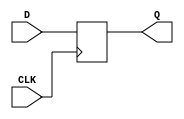
// Clock_24_Hour_structural.v

// D flip-flop module (D_FF)
module D_FF(
    input CLK,
    input D,
    output reg Q
);
    always @(posedge CLK) begin
        Q <= D;
    end
endmodule

// Four_Bit_Mod_n_Counter module
module Four_Bit_Mod_n_Counter(
    input CLK,
    input Reset,
    input LD,
    input EN,
    input [3:0] D,
    output reg [3:0] Q,
    output reg Cout
);
    parameter n = 10; // Default value, can be overridden at instantiation
    
    always @(posedge CLK or posedge Reset) begin
        if (Reset) begin
            Q <= 0;
            Cout <= 0;
        end else if (LD) begin
            Q <= D;
            Cout <= 0;
        end else if (EN) begin
            if (Q == (n - 1)) begin
                Q <= 0;
                Cout <= 1;
            end else begin
                Q <= Q + 1;
                Cout <= 0;
            end
        end else begin
            Cout <= 0;
        end
    end
endmodule

// Top-level structural module for the 24-hour clock
module Clock_24_Hour_structural(
    input CLK,
    input Reset_time,
    input Set_time,
    input [23:0] Time_in,
    output [23:0] Time_out
);

    // Wire declarations
    wire [5:0] cout; // Carry out signals for each counter
    wire G1, G2, G3; // Intermediate signals for gates

    // Add the sync_signal wire here
    wire sync_signal; // This wire will connect to the Q output of the D_FF

    // ... (rest of your module instantiations and logic)
    
    // Seconds counter: 0 to 59
    Four_Bit_Mod_n_Counter #(10) seconds_low (
        .CLK(CLK),
        .Reset(Reset_time),
        .LD(Set_time),
        .EN(~Reset_time & (Set_time | cout[0])),
        .D(Time_in[3:0]),
        .Q(Time_out[3:0]),
        .Cout(cout[0])
    );
    
    Four_Bit_Mod_n_Counter #(6) seconds_high (
        .CLK(CLK),
        .Reset(Reset_time),
        .LD(Set_time),
        .EN(cout[0]),
        .D(Time_in[7:4]),
        .Q(Time_out[7:4]),
        .Cout(cout[1])
    );
    
    // Minutes counter: 0 to 59
    Four_Bit_Mod_n_Counter #(10) minutes_low (
        .CLK(CLK),
        .Reset(Reset_time),
        .LD(Set_time),
        .EN(cout[1]),
        .D(Time_in[11:8]),
        .Q(Time_out[11:8]),
        .Cout(cout[2])
    );
    
    Four_Bit_Mod_n_Counter #(6) minutes_high (
        .CLK(CLK),
        .Reset(Reset_time),
        .LD(Set_time),
        .EN(cout[2]),
        .D(Time_in[15:12]),
        .Q(Time_out[15:12]),
        .Cout(cout[3])
    );
    
    // Hours counter: 0 to 23
    Four_Bit_Mod_n_Counter #(10) hours_low (
        .CLK(CLK),
        .Reset(Reset_time),
        .LD(Set_time),
        .EN(cout[3]),
        .D(Time_in[19:16]),
        .Q(Time_out[19:16]),
        .Cout(cout[4])
    );
    
    // This module has a modified modulus to handle the 24-hour format.
    // It resets to 0 when it reaches 2 and the lower bits are at 4 (24 hours).
    Four_Bit_Mod_n_Counter #(3) hours_high (
        .CLK(CLK),
        .Reset(Reset_time),
        .LD(Set_time),
        .EN(cout[4] & ~(Time_out[19:16] == 4)),
        .D(Time_in[23:20]),
        .Q(Time_out[23:20]),
        .Cout(cout[5])
    );
    
    // Logic gates for carry handling and setting functionality
    assign G1 = cout[1] & cout[2]; // AND gate that combines carries for seconds and minutes
    assign G2 = cout[4] | Set_time; // OR gate that combines carry for hours or Set_time
    assign G3 = ~Reset_time;       // NOT gate for Reset_time
    
    // D flip-flop to synchronize the setting operation
    D_FF set_sync (
    .CLK(CLK), 
    .D(G2), 
    .Q(sync_signal) // Assuming 'sync_signal' is the name of the output you want to connect to
    );
    
    endmodule